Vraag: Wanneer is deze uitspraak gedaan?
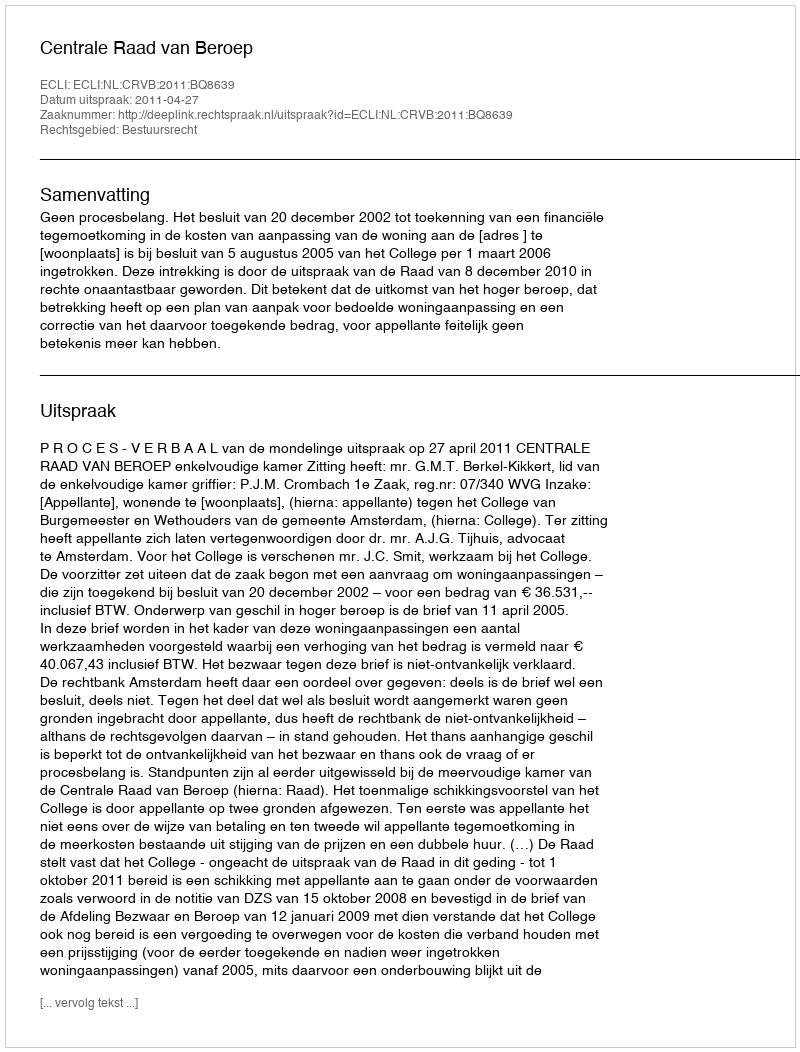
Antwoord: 2011-04-27